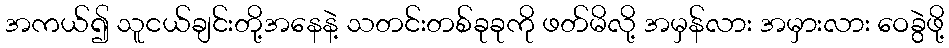
အကယ်၍ သူငယ်ချင်းတို့အနေနဲ့ သတင်းတစ်ခုခုကို ဖတ်မိလို့ အမှန်လား အမှားလား ဝေခွဲဖို့